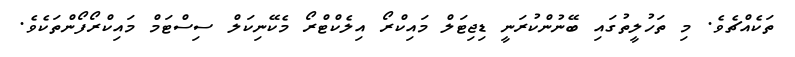
ތަކެއްޗެވެ. މި ތަހުލީތުގައި ބޭނުންކުރަނީ ޑިޖިޓަލް މައިކްރޯ އިލެކްޓްރޯ މެކޭނިކަލް ސިސްޓަމް މައިކްރޯފޯންތަކެވެ.